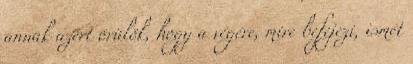
annak azért örülök, hogy a végére, mire befejezi, ismét